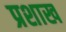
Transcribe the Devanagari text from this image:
प्रशाख